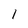
Character: 1